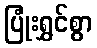
ပြုံးရွှင်စွာ